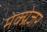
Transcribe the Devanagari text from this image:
मेक्ग्रेजर